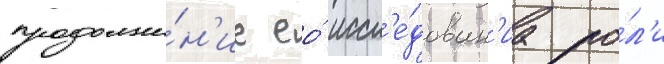
продолже́н'ие ео́ иссл'е́дован'иа ро́л'и